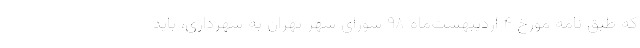
که طبق نامه مورخ ۴ اردیبهشت‌ماه ۹۸ شورای شهر تهران به شهرداری، باید